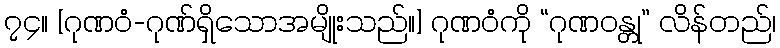
၇၄။ [ဂုဏဝံ-ဂုဏ်ရှိသောအမျိုးသည်။] ဂုဏဝံကို “ဂုဏဝန္တု” လိန်တည်၊